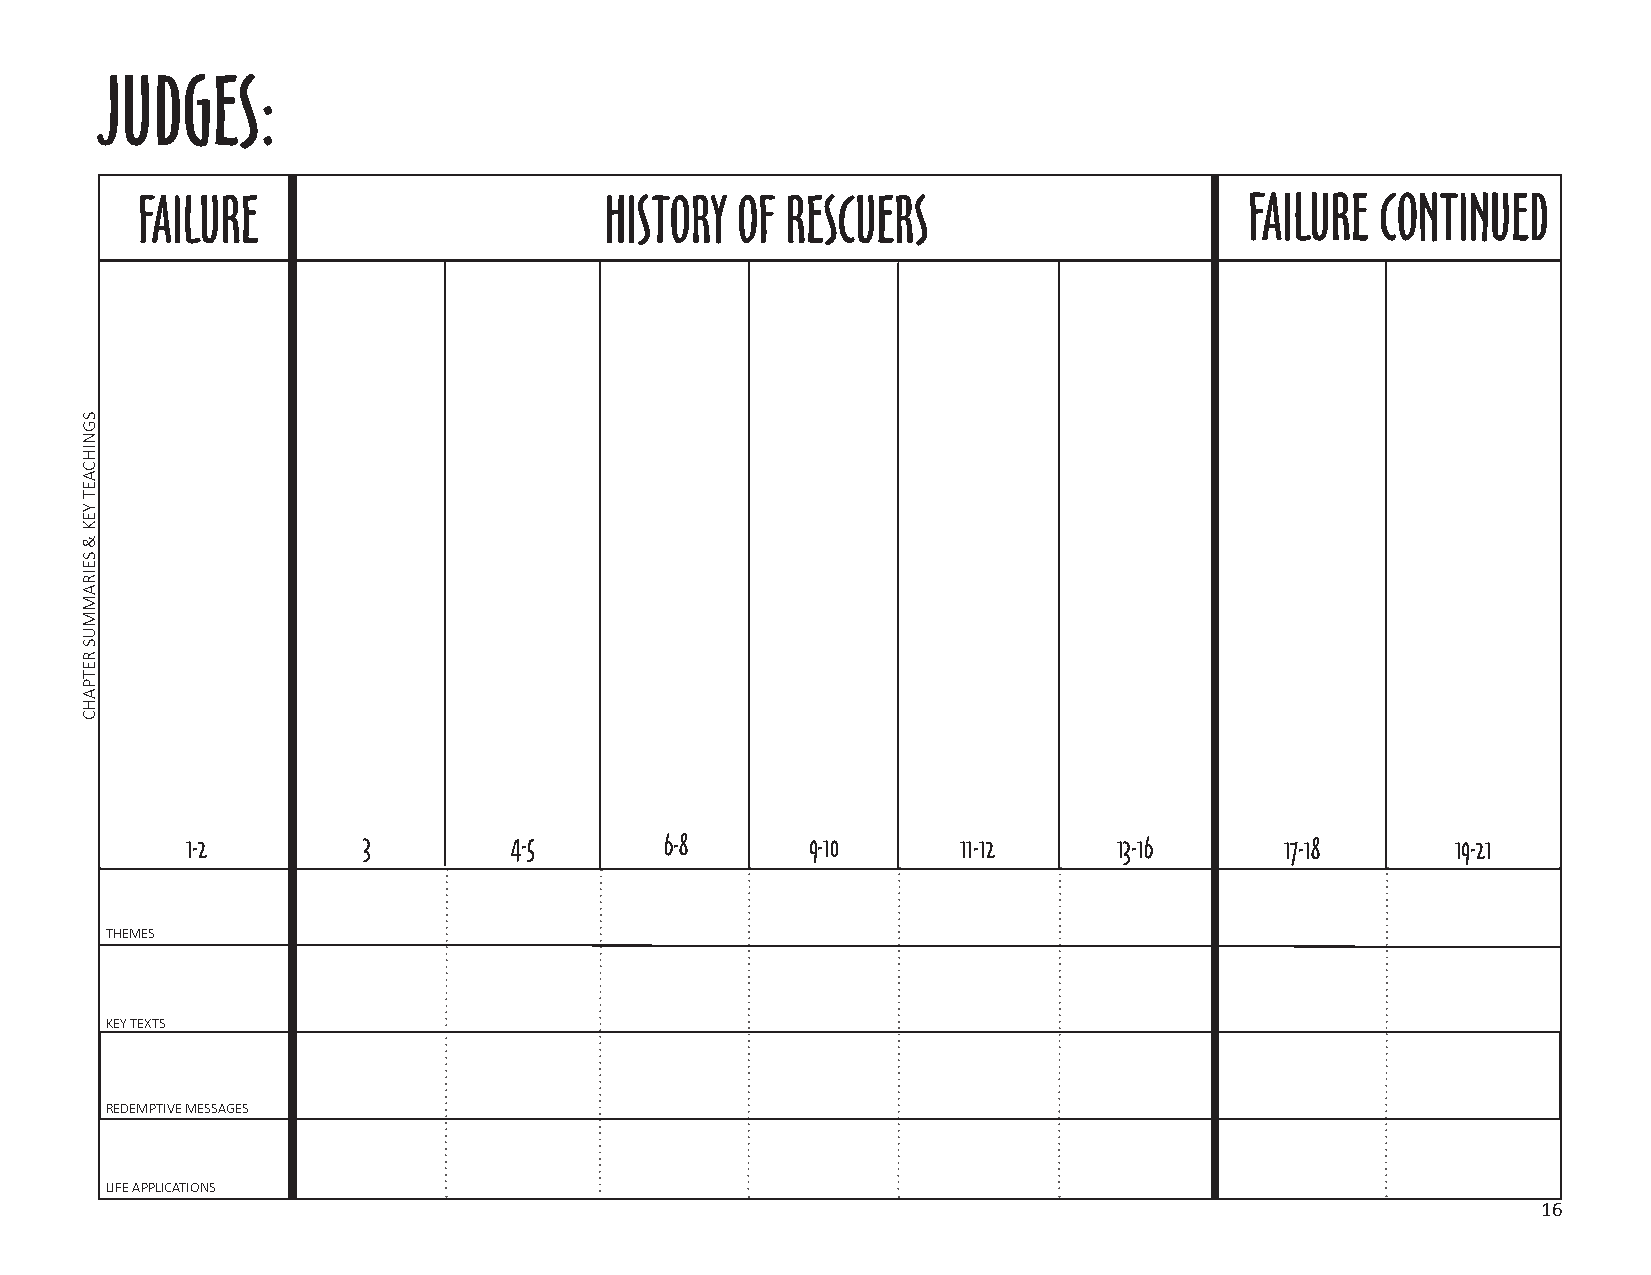
JUDGES:
 FAILURE                        HISTORY  OF RESCUERS                       FAILURE CONTINUED
 1-2         3         4-5       6-8      9-10       11-12     13-16      17-18      19-21
 THEMES
 KEY TEXTS
 REDEMPTIVE MESSAGES
 LIFE APPLICATIONS
 16
 SGNIHCAET
 YEK
 &
 SEIRAMMUS
 RETPAHC